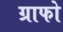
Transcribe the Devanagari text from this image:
ग्राफो